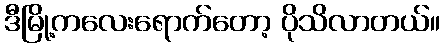
ဒီမြို့ကလေးရောက်တော့ ပိုသိလာတယ်။